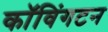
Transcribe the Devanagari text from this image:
कॉविंगटन